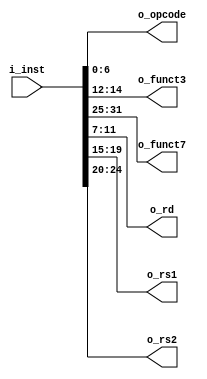
module dec
(
    /* inputs */
    input [31:0] i_inst,

    /* outputs */
    output [6:0] o_opcode,
    output [2:0] o_funct3,
    output [6:0] o_funct7,
    output [4:0] o_rd,
    output [4:0] o_rs1,
    output [4:0] o_rs2
);

    assign o_opcode = i_inst[ 6: 0];
    assign o_funct3 = i_inst[14:12];
    assign o_funct7 = i_inst[31:25];
    assign o_rd     = i_inst[11: 7];
    assign o_rs1    = i_inst[19:15];
    assign o_rs2    = i_inst[24:20];

endmodule